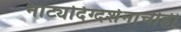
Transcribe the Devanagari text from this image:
नाट्यदिग्दर्शनाचीही